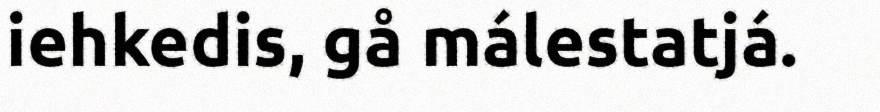
iehkedis, gå málestatjá.